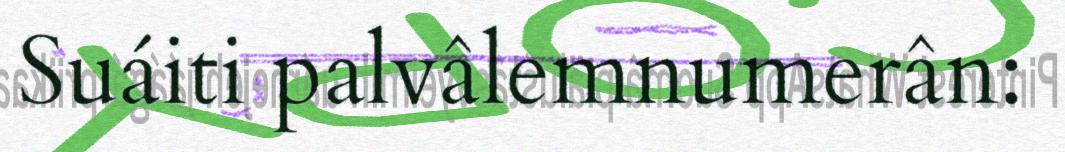
Suáiti palvâlemnumerân: